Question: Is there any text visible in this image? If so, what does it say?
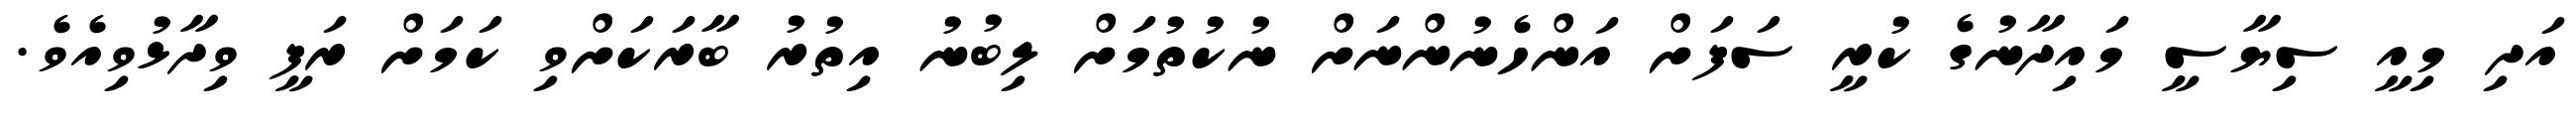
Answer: އަދި މިއީ ސިޔާސީ މައިދާނުގެ ކުރީ ސަފަށް އަންހެނުންނަށް ނުކުތުމަށް ލިބުނު އިތުރު ބާރަކަށްވި ކަމަށް ރަފީ ވިދާޅުވިއެވެ.